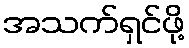
အသက်ရှင်ဖို့